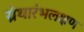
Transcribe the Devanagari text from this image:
ग्रंथारंभलक्षण